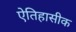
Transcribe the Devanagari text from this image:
एेतिहासीक